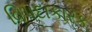
વિપદાકારક